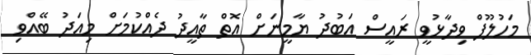
މަހުލޫފް ވިދާޅުވީ ރައީސް އަބުދު ޔާމީނަށް އޮތް ތާއީދު ދެއްކުމަށް މިއަދު ބޭއްވި